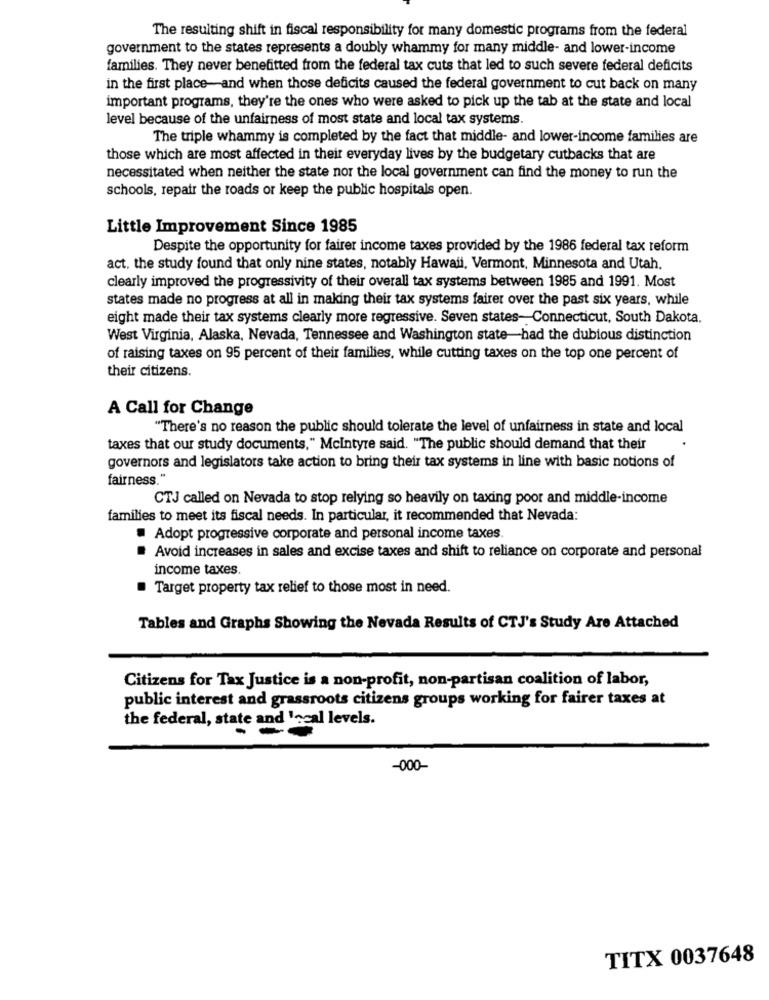
The resulting shift in fiscal responsibility for many domestic programs from the federal
government to the states represents a doubly whammy for many middle- and lower-income
families. They never benefitted from the federal tax cuts that led to such severe federal deficits
in the first place-and when those deficits caused the federal government to cut back on many
important programs, they're the ones who were asked to pick up the tab at the state and local
level because of the unfairness of most state and local tax systems.
The triple whammy is completed by the fact that middle- and lower-income families are
those which are most affected in their everyday lives by the budgetary cutbacks that are
necessitated when neither the state nor the local government can find the money to run the
schools, repair the roads or keep the public hospitals open.
Little Improvement Since 1985
Despite the opportunity for fairer income taxes provided by the 1986 federal tax reform
act. the study found that only nine states, notably Hawaii, Vermont, Minnesota and Utah.
clearly improved the progressivity of their overall tax systems between 1985 and 1991. Most
states made no progress at all in making their tax systems fairer over the past six years, while
eight made their tax systems clearly more regressive. Seven states- Connecticut, South Dakota.
West Virginia, Alaska, Nevada, Tennessee and Washington state-had the dubious distinction
of raising taxes on 95 percent of their families, while cutting taxes on the top one percent of
their citizens.
A Call for Change
"There's no reason the public should tolerate the level of unfairness in state and local
taxes that our study documents," Mcintyre said. "The public should demand that their
governors and legislators take action to bring their tax systems in line with basic notions of
fairness."
CTJ called on Nevada to stop relying so heavily on taxing poor and middle-income
families to meet its fiscal needs. In particular, it recommended that Nevada:
Adopt progressive corporate and personal income taxes
Avoid increases in sales and excise taxes and shift to reliance on corporate and personal
income taxes
Target property tax relief to those most in need.
Tables and Graphs Showing the Nevada Results of CTJ's Study Are Attached
Citizens for Tax Justice is a non-profit, non-partisan coalition of labor,
public interest and grassroots citizens groups working for fairer taxes at
the federal, state and 'scal levels.
-000-
TITX 0037648